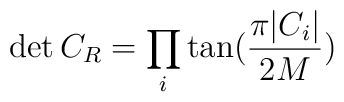
\det{C_R}= \prod_i \tan(\frac{\pi|C_i|}{2M})